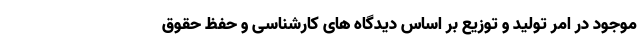
موجود در امر تولید و توزیع بر اساس دیدگاه های کارشناسی و حفظ حقوق